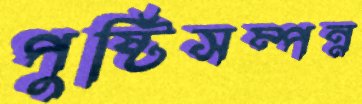
পুষ্টিসম্পন্ন